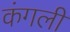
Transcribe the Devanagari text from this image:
कंगली